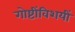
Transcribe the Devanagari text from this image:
गोष्टींविशयीं